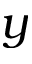
y